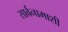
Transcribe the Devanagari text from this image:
सार्वनामाशी